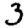
Digit: 3